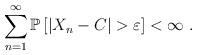
LaTeX: \begin{align*}\sum_{n = 1}^{\infty}{\mathbb{P}\left[|X_n - C| > \varepsilon\right]} < \infty \ \mbox{.}\end{align*}